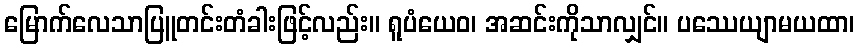
မြောက်လေသာပြူတင်းတံခါးဖြင့်လည်း။ ရူပံယေဝ၊ အဆင်းကိုသာလျှင်။ ပဿေယျာမယထာ၊